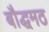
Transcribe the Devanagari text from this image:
बौद्धमठ